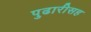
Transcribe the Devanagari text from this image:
पुढारीसह